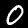
Label: 0